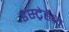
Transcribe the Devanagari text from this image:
डेस्ट्रेहैन